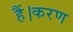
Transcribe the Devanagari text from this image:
हैं।करण